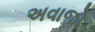
અવાજો